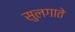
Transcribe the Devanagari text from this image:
सुलगाते